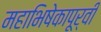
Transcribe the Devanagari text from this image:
महाभिषेकापूर्वी